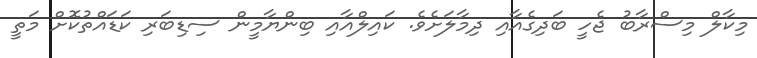
މިކާލް މިސްރާބު ޖެހީ ބަދިގެއާއި ދިމާލަށެވެ. ކައިލްއާއި ބިންޔާމީން ސިޑިބަރި ކަޑައްތުކޮށް މަތީ